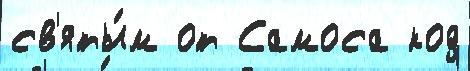
св'яты́м от Самоса код